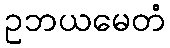
ဥဘယမေတံ